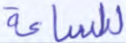
للساعة